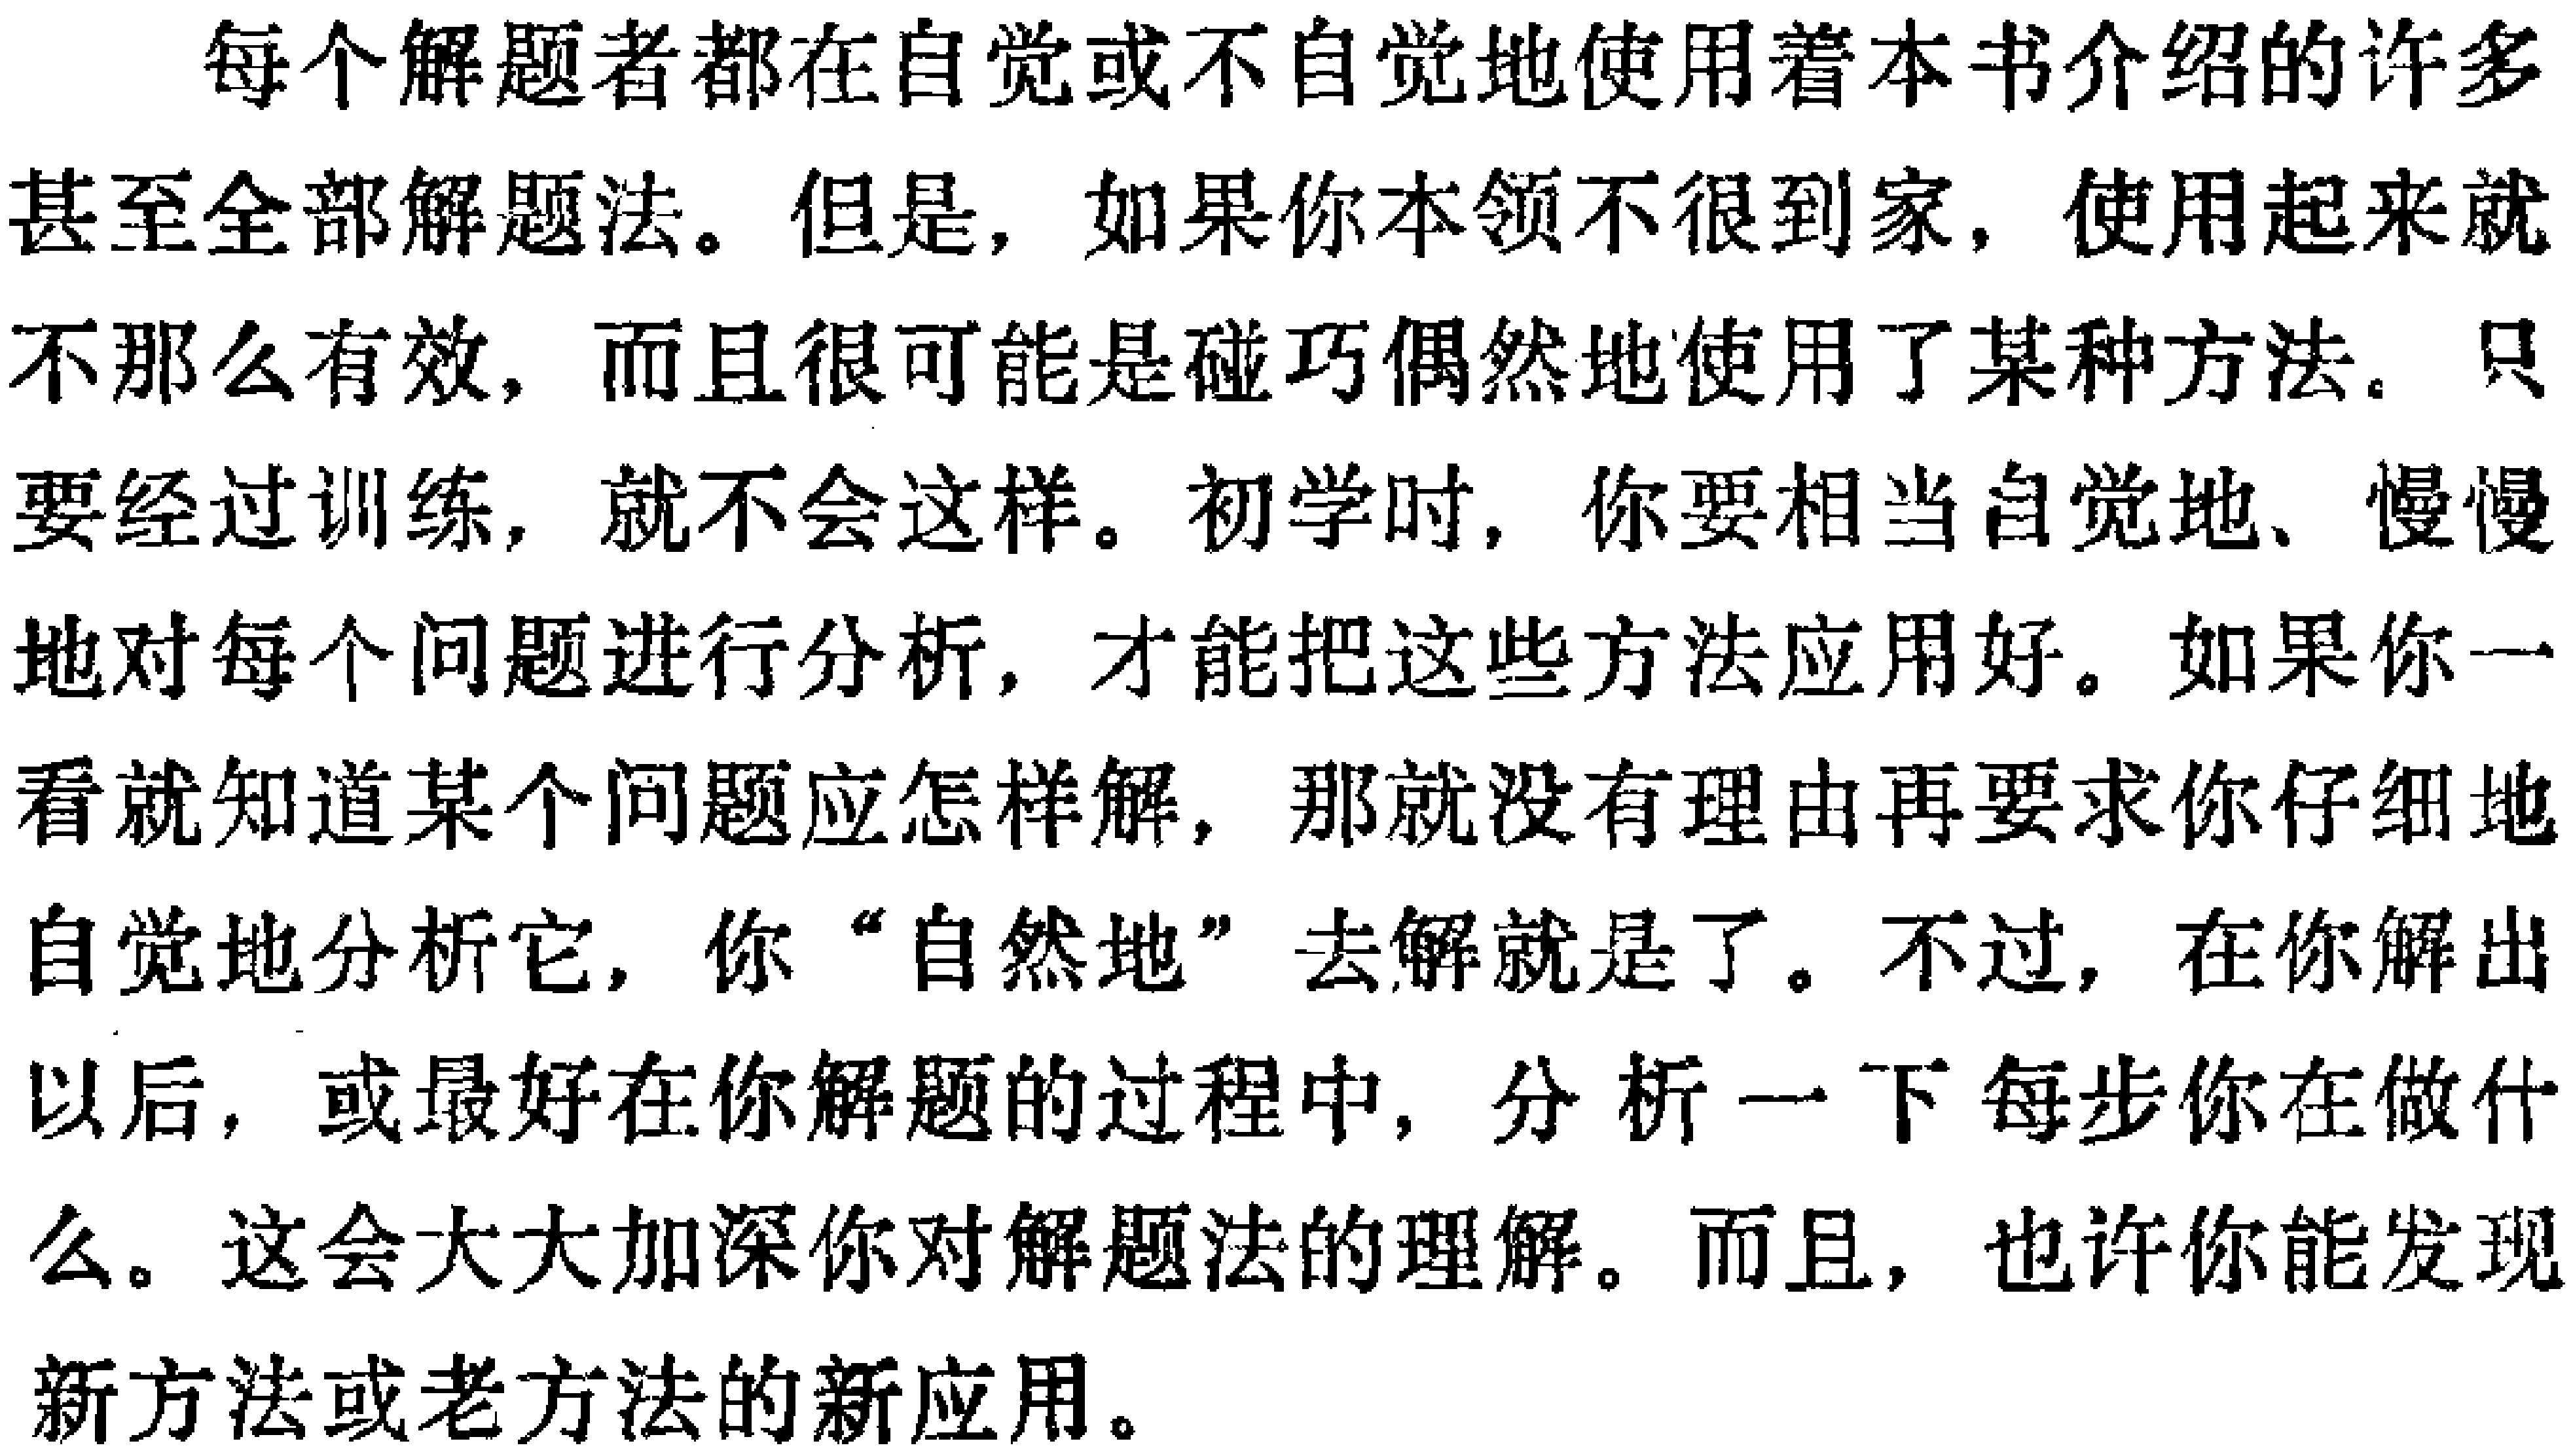
每个解题者都在自觉或不自觉地使用着本书介绍的许多甚至全部解题法。但是，如果你本领不很到家，使用起来就不那么有效，而且很可能是碰巧偶然地使用了某种方法。只要经过训练，就不会这样。初学时，你要相当自觉地、慢慢地对每个问题进行分析，才能把这些方法应用好。如果你一看就知道某个问题应怎样解，那就没有理由再要求你仔细地自觉地分析它，你“自然地”去解就是了。不过，在你解出以后，或最好在你解题的过程中，分析一下每步你在做什么。这会大大加深你对解题法的理解。而且，也许你能发现新方法或老方法的新应用。